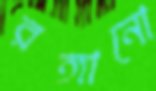
রঙ্গানো